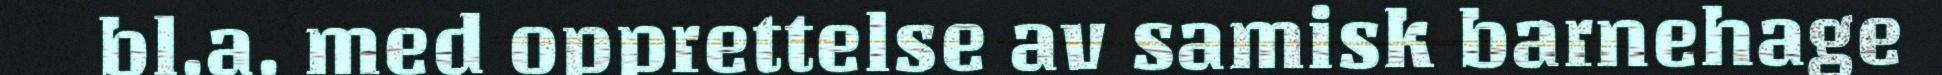
bl.a. med opprettelse av samisk barnehage